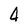
Character: 4